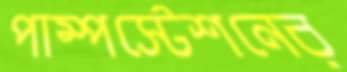
পাম্পস্টেশনের